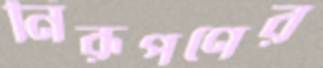
নিরূপণের